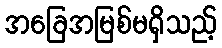
အခြေအမြစ်မရှိသည့်